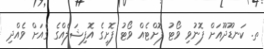
ތ. ކަނޑޫދޫއަށް ފޮނުވި ވޯޓު ފޮށްޓެއް ވޯޓު ފޮށީގެ އޮފިޝަލެއްގެ ގެއަށް ވެއްދި